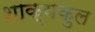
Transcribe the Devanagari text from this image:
शाक्यकुल